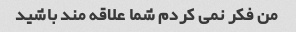
من فکر نمی کردم شما علاقه مند باشید